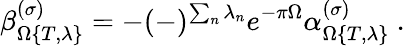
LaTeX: \beta_{\Omega\{ T,\lambda\} }^{(\sigma)}=-(-)^{\sum_{n}\lambda_{n}}e^{-\pi\Omega}\alpha_{\Omega\{ T,\lambda\} }^{(\sigma)}\ .